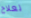
لعلاج